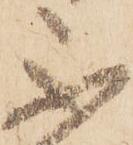
不